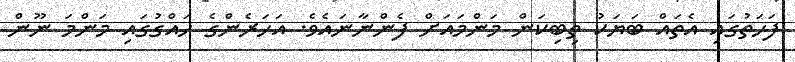
ފަހަތުގައި އެތައް ބަޔަކު ތިބިކަން މަންމައަށް ފެންނާނައެވެ. އަހަރެންގެ ހައްގުގައި މަންމަ ނޫން